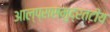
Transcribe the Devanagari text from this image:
आल्प्ससमुद्रतटीय